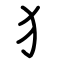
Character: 犭